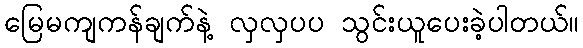
မြေမကျကန်ချက်နဲ့ လှလှပပ သွင်းယူပေးခဲ့ပါတယ်။